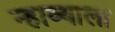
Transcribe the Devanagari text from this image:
न्हाव्याला